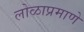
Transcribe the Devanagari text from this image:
लोळाप्रमाणे